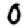
Digit: 0